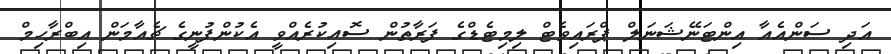
އަދި ސަންއެއާ އިންޓަނޭޝަނަލް ޕްރައިވެޓް ލިމިޓެޑްގެ ފަރާތުން ސޮއިކުރެއްވީ އެކުންފުނީގެ ޗެއާމަން އިބްރާހިމް